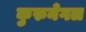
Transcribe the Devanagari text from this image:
कुरुनेगल